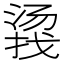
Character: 𱠤